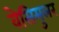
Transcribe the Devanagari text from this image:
वेसिमुलर